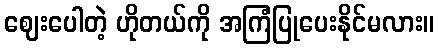
ဈေးပေါတဲ့ ဟိုတယ်ကို အကြံပြုပေးနိုင်မလား။